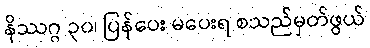
နိဿဂ္ဂ ၃၀၊ ပြန်ပေး မပေးရ စသည်မှတ်ဖွယ်